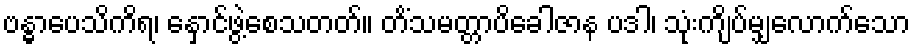
ဗန္ဓာပေသိကိရ၊ နှောင်ဖွဲ့စေသတတ်။ တိံသမတ္တာပိခေါဇာန ပဒါ၊ သုံးကျိပ်မျှလောက်သော